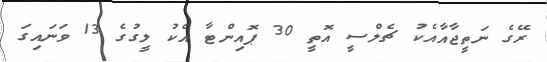
ރޭގެ ނަތީޖާއާއެކު ޗެލްސީ އޮތީ 30 ޕޮއިންޓާ އެކު ލީގުގެ 13 ވަނައިގަ